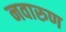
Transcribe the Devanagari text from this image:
नवारुण